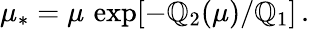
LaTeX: \mu_{*}=\mu\, \exp[-\mathbb{Q}_{2}(\mu)/\mathbb{Q}_{1}]\, .